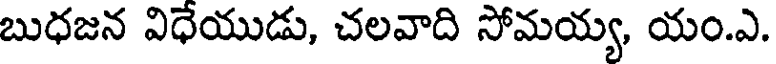
బుధజన విధేయుడు, చలవాది సోమయ్య, యం.ఎ.